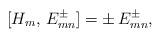
LaTeX: \begin{align*}[H_m,\,E^\pm_{mn}]=\pm\,E^\pm_{mn},\end{align*}